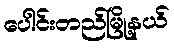
ပေါင်းတည်မြို့နယ်